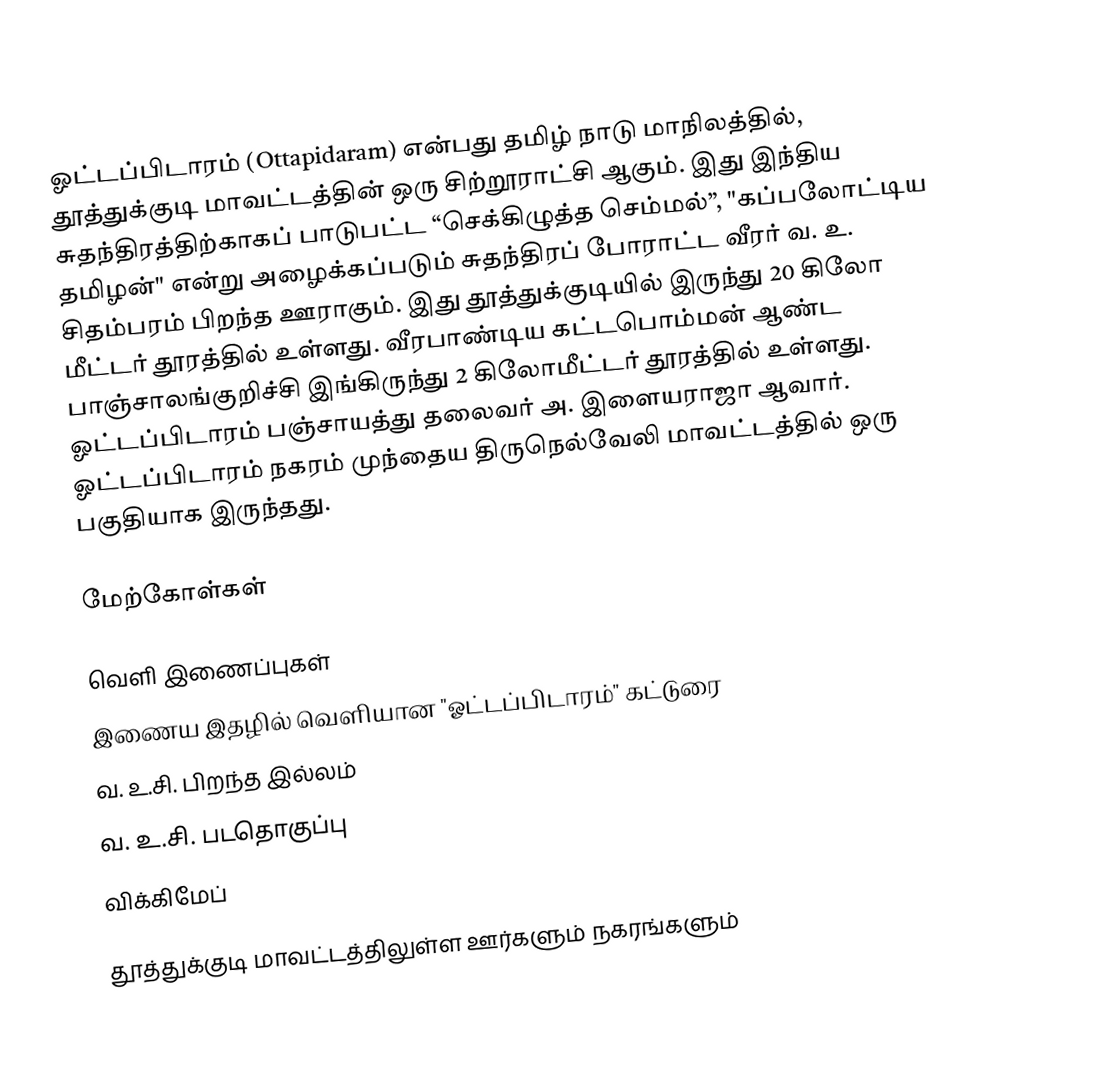
ஓட்டப்பிடாரம் (Ottapidaram) என்பது தமிழ் நாடு மாநிலத்தில், தூத்துக்குடி மாவட்டத்தின் ஒரு சிற்றூராட்சி ஆகும். இது இந்திய சுதந்திரத்திற்காகப் பாடுபட்ட “செக்கிழுத்த செம்மல்”, "கப்பலோட்டிய தமிழன்" என்று அழைக்கப்படும் சுதந்திரப் போராட்ட வீரர் வ. உ. சிதம்பரம் பிறந்த ஊராகும். இது தூத்துக்குடியில் இருந்து 20 கிலோ மீட்டர் தூரத்தில் உள்ளது. வீரபாண்டிய கட்டபொம்மன் ஆண்ட பாஞ்சாலங்குறிச்சி இங்கிருந்து 2 கிலோமீட்டர் தூரத்தில் உள்ளது. ஓட்டப்பிடாரம் பஞ்சாயத்து தலைவர் அ. இளையராஜா ஆவார். ஓட்டப்பிடாரம் நகரம் முந்தைய திருநெல்வேலி மாவட்டத்தில் ஒரு பகுதியாக இருந்தது.

மேற்கோள்கள்

வெளி இணைப்புகள்
இணைய இதழில் வெளியான "ஓட்டப்பிடாரம்" கட்டுரை
 வ. உ.சி. பிறந்த இல்லம்
 வ. உ.சி. படதொகுப்பு
 விக்கிமேப்

தூத்துக்குடி மாவட்டத்திலுள்ள ஊர்களும் நகரங்களும்